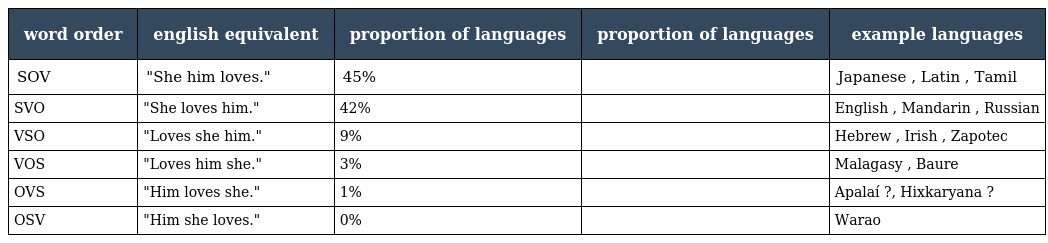
| word order | english equivalent | proportion of languages | proportion of languages | example languages |
 | --- | --- | --- | --- | --- |
 | SOV | "She him loves." | 45% |  | Japanese , Latin , Tamil |
 | SVO | "She loves him." | 42% |  | English , Mandarin , Russian |
 | VSO | "Loves she him." | 9% |  | Hebrew , Irish , Zapotec |
 | VOS | "Loves him she." | 3% |  | Malagasy , Baure |
 | OVS | "Him loves she." | 1% |  | Apalaí ?, Hixkaryana ? |
 | OSV | "Him she loves." | 0% |  | Warao |